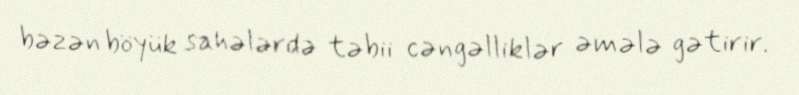
bəzən böyük sahələrdə təbii cəngəlliklər əmələ gətirir.